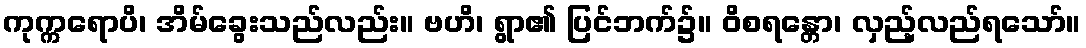
ကုက္ကရောပိ၊ အိမ်ခွေးသည်လည်း။ ဗဟိ၊ ရွာ၏ ပြင်ဘက်၌။ ဝိစရန္တော၊ လှည့်လည်ရသော်။